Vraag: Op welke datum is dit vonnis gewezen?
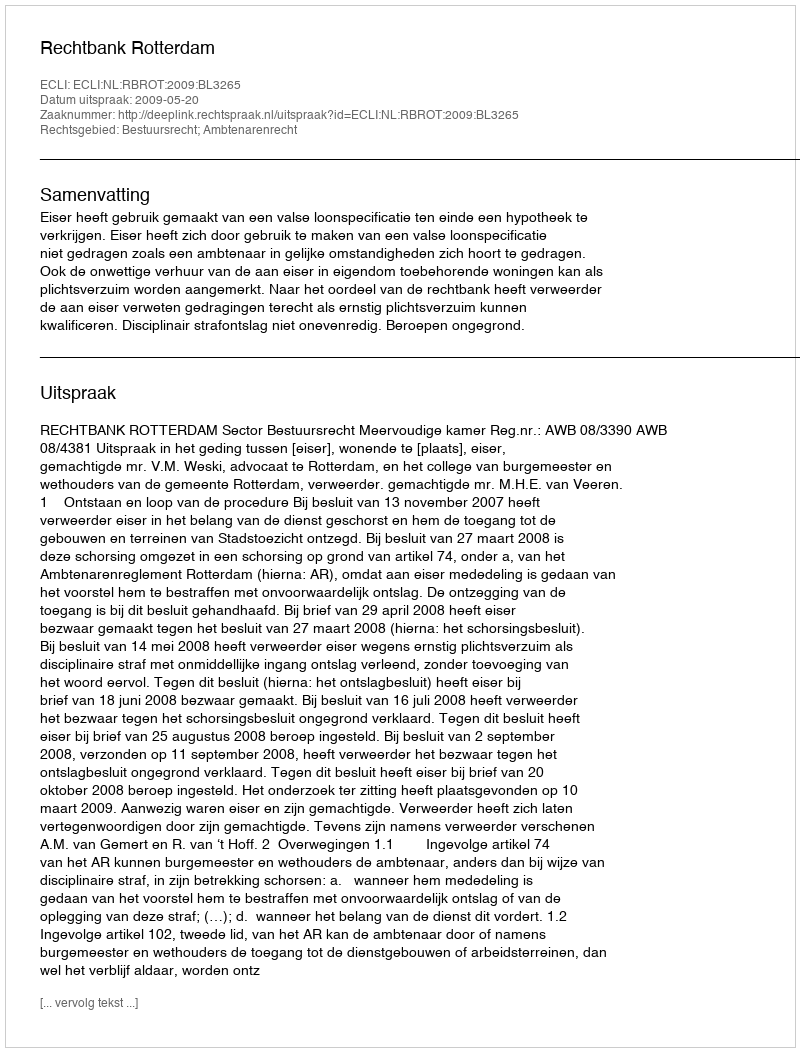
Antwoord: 2009-05-20